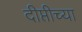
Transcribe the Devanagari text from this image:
दीप्तीच्या